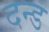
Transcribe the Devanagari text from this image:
दन्ड